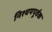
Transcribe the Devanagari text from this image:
निश्‍चयपूर्वक